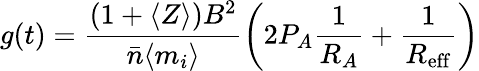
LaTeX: g(t)=\frac{(1+\langle Z\rangle)B^{2}}{\bar{n}\langle m_{i}\rangle}\left(2P_{A}\frac{1}{R_{A}}+\frac{1}{R_{\mathrm{eff}}}\right)